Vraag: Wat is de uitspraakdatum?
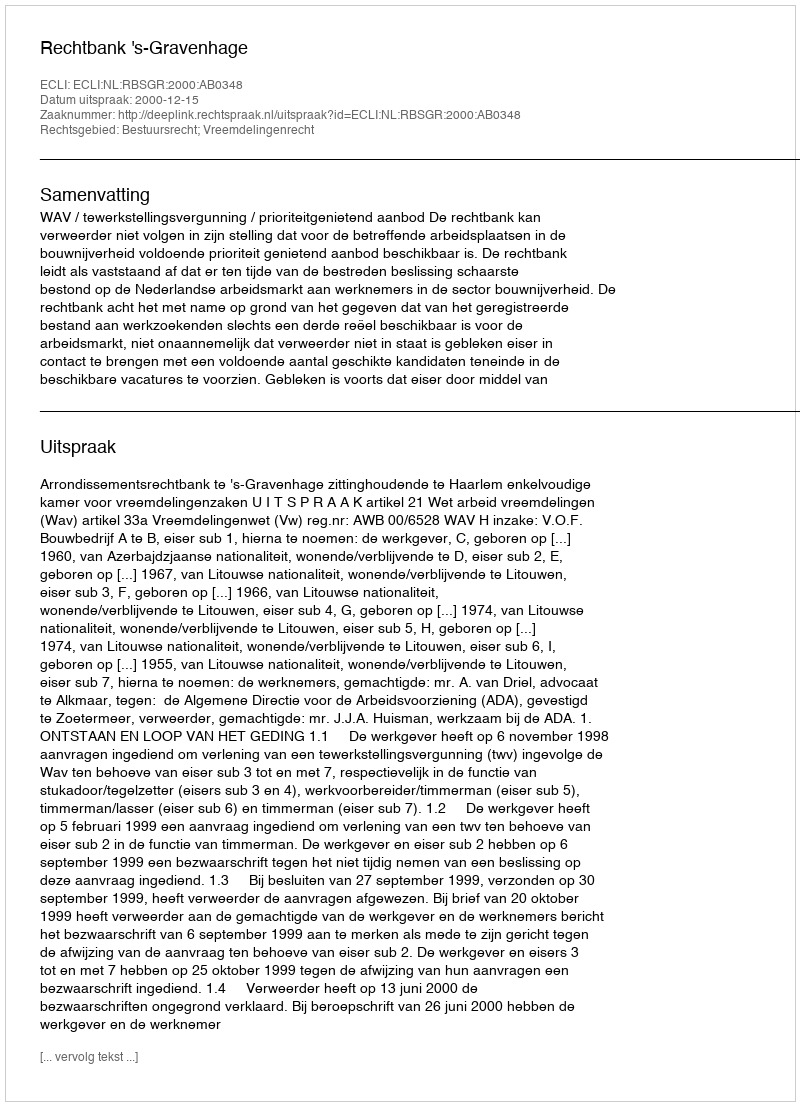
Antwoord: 2000-12-15